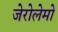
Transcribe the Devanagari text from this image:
जेरोलेमो